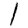
Digit: 1